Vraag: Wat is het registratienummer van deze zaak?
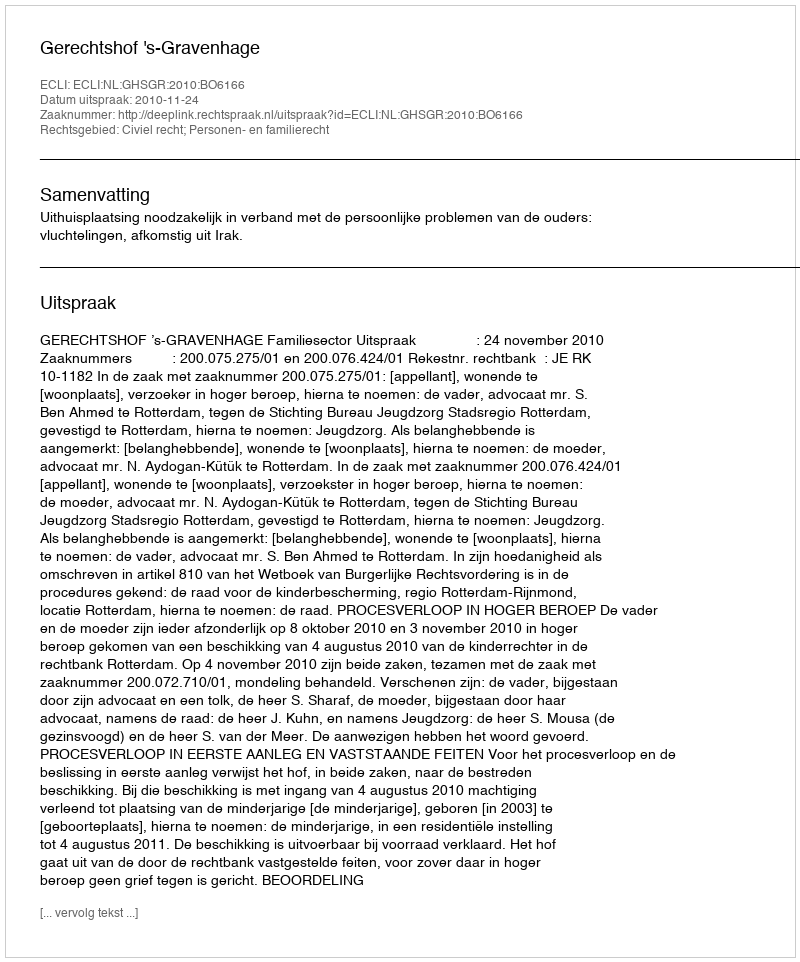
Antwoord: http://deeplink.rechtspraak.nl/uitspraak?id=ECLI:NL:GHSGR:2010:BO6166